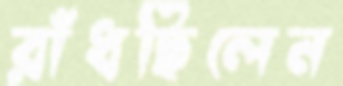
রাঁধছিলেন